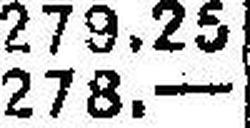
278.—